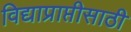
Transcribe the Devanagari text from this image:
विद्याप्राप्तीसाठी